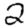
Digit: 2